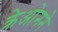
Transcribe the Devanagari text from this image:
क्रेओनने